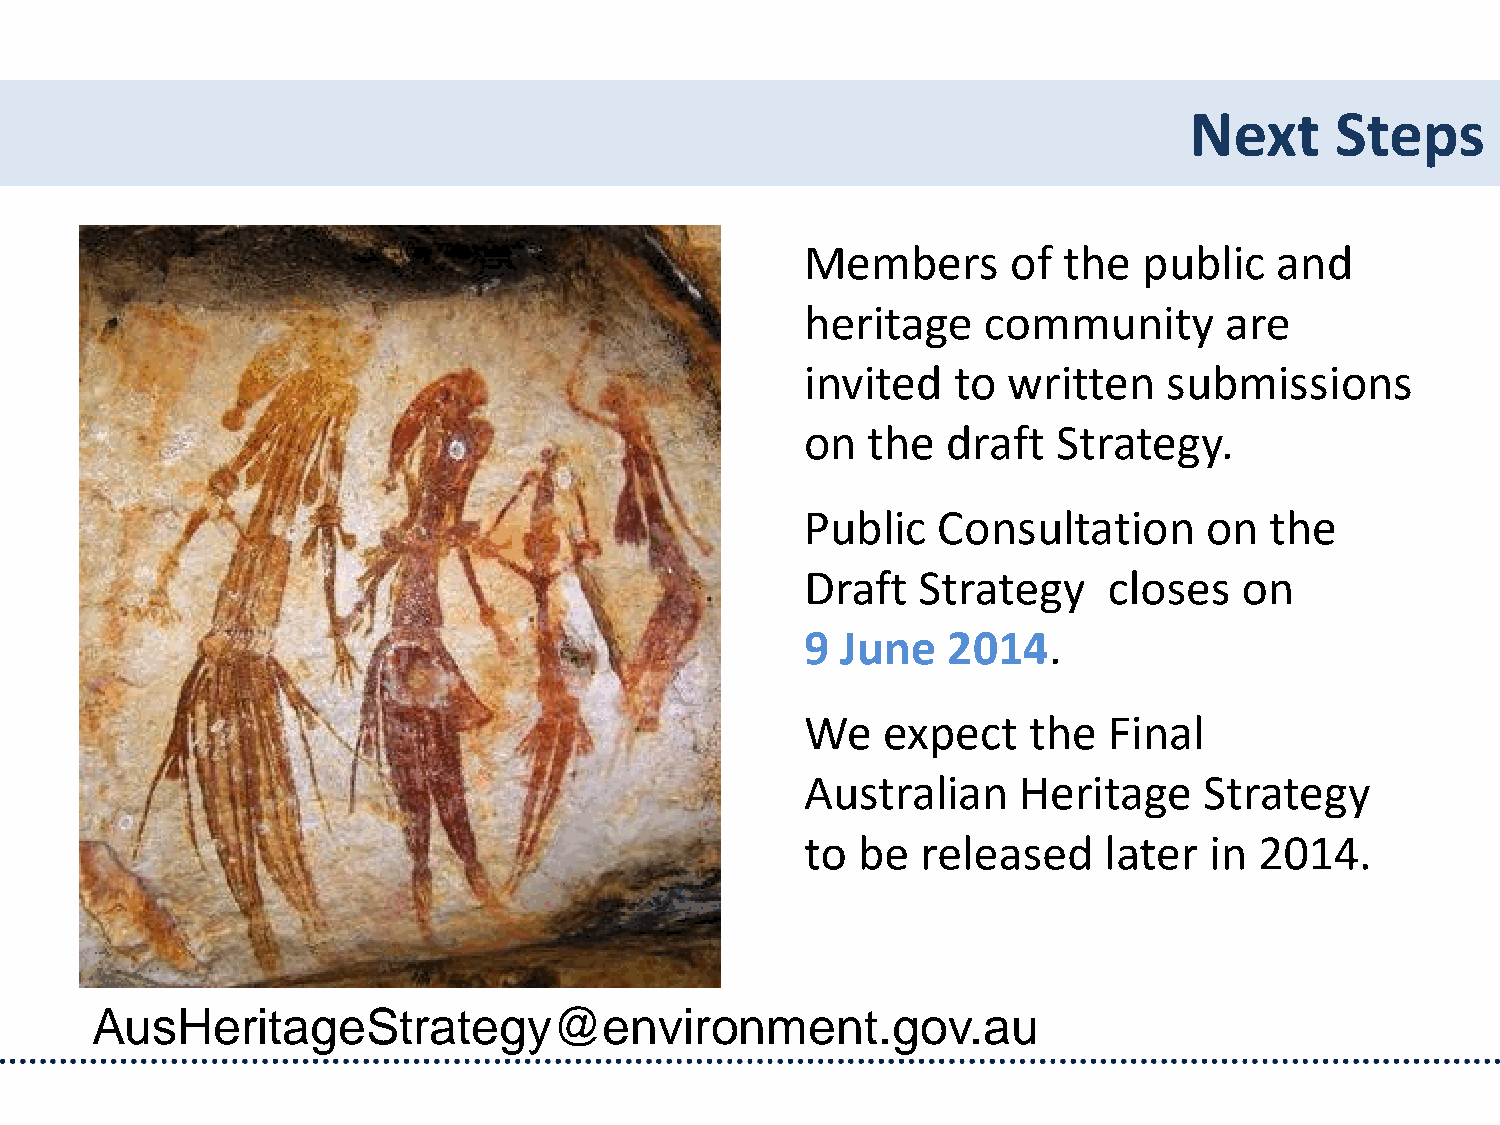
Next     Steps
 Members       of the   public   and
 heritage    community       are
 invited   to  written   submissions
 on  the   draft  Strategy.
 Public   Consultation      on  the
 Draft   Strategy    closes   on
 9  June   2014.
 We   expect    the  Final
 Australian     Heritage    Strategy
 to  be  released    later  in 2014.
 AusHeritageStrategy@environment.gov.au